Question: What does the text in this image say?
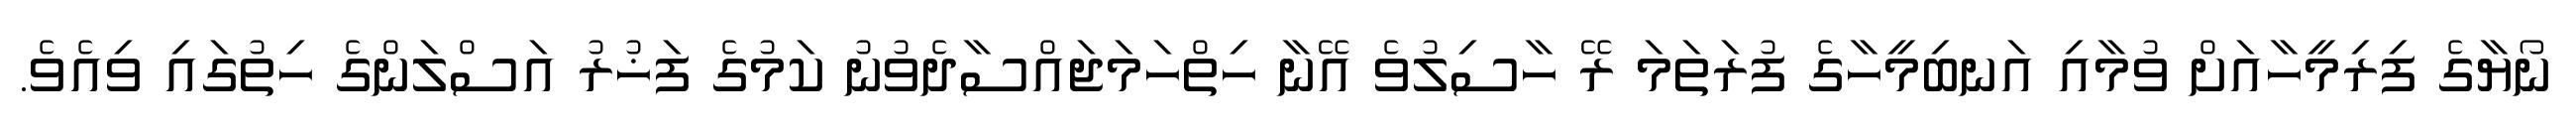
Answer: ނޯޔާގެ ފިރިމީހާއަށް ވުމާއި އަނބިމީހާގެ ފުރަތަމަ ރޭ ހާސިލުވެ އޭނާ ހިތްހަމަޖައްސާދެވުނު ކަމުގެ ފަޚުރު އަސްލަންގެ ހިތުގައި ވިއެވެ.